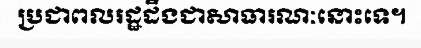
ប្រជាពលរដ្ឋដឹងជាសាធារណៈនោះទេ។